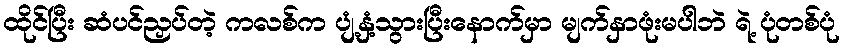
ထိုင်ပြီး ဆံပင်ညှပ်တဲ့ ကလစ်က ပျံ့နှံ့သွားပြီးနောက်မှာ မျက်နှာဖုံးမပါဘဲ ရဲ့ ပုံတစ်ပုံ